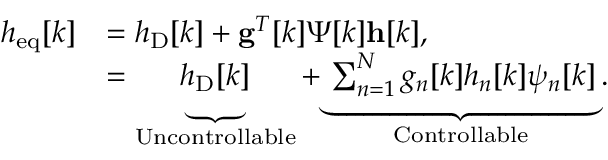
\begin{array} { r l } { h _ { \mathrm { e q } } [ k ] } & { = h _ { \mathrm { D } } [ k ] + \mathbf { g } ^ { T } [ k ] \boldsymbol { \Psi } [ k ] \mathbf { h } [ k ] , } \\ & { = \underbrace { \vphantom { \sum _ { n = 1 } ^ { N } } h _ { \mathrm { D } } [ k ] } _ { \mathrm { U n c o n t r o l l a b l e } } + \underbrace { \sum _ { n = 1 } ^ { N } g _ { n } [ k ] h _ { n } [ k ] \psi _ { n } [ k ] } _ { \mathrm { C o n t r o l l a b l e } } . } \end{array}